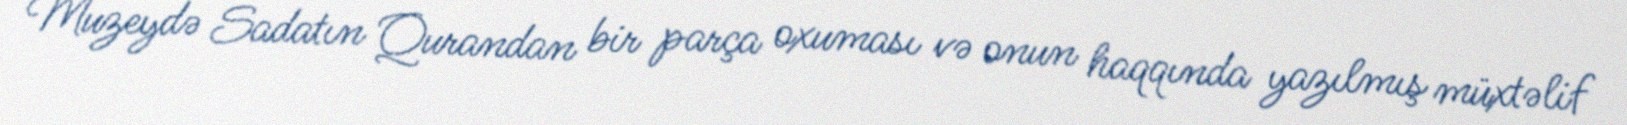
Muzeydə Sadatın Qurandan bir parça oxuması və onun haqqında yazılmış müxtəlif